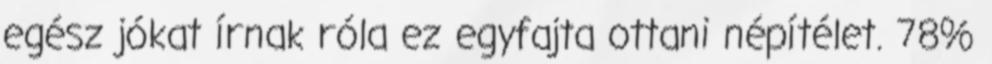
egész jókat írnak róla ez egyfajta ottani népítélet. 78%